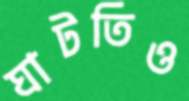
ঘাটতিও